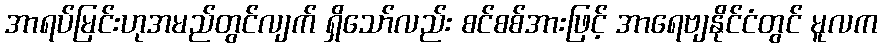
အာရပ်မြင်းဟုအမည်တွင်လျက် ရှိသော်လည်း စင်စစ်အားဖြင့် အာရေဗျနိုင်ငံတွင် မူလက